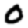
Digit: 0